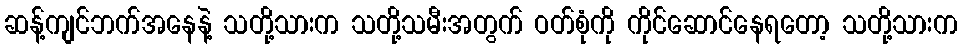
ဆန့်ကျင်ဘက်အနေနဲ့ သတို့သားက သတို့သမီးအတွက် ဝတ်စုံကို ကိုင်ဆောင်နေရတော့ သတို့သားက